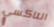
التاكسي